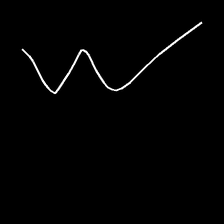
Glyph: crush